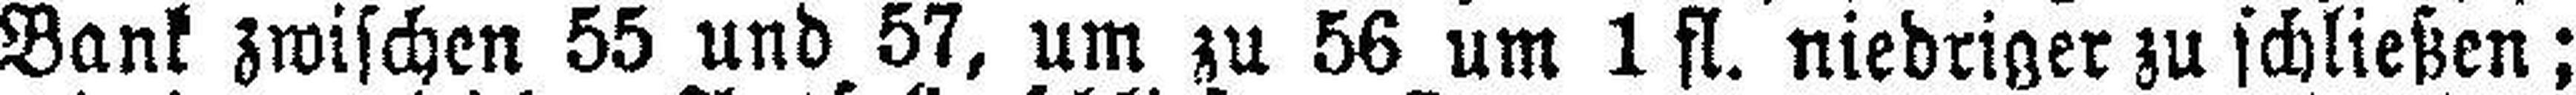
Bank zwischen 55 und 57, um zu 56 um 1 fl. niedriger zu schließen;